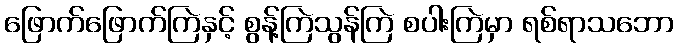
ဖြောက်ဖြောက်ကြဲနှင့် စွန့်ကြဲသွန်ကြဲ စပါးကြဲမှာ ရစ်ရာသဘော